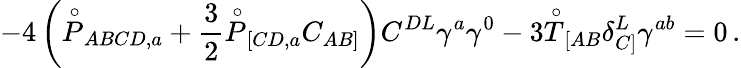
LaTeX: -4\left(\stackrel{\circ}{P}_{ABCD,a}+\frac{3}{2}\stackrel{\circ}{P}_{[CD,a}C_{AB]}\right)C^{DL}\gamma^{a}\gamma^{0}-3\stackrel{\circ}{T}_{[AB}\delta_{C]}^{L}\gamma^{ab}=0\, .